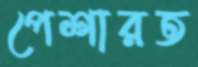
পেশারত